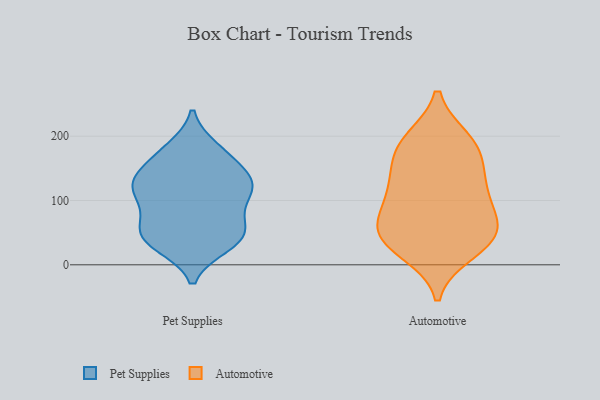
{"axis": {"x": "Market Share (%)", "y": "Value"}, "legend": ["Automotive", "Pet Supplies"], "data": [{"x": "", "y": 181, "type": "Pet Supplies"}, {"x": "", "y": 76, "type": "Pet Supplies"}, {"x": "", "y": 101, "type": "Pet Supplies"}, {"x": "", "y": 31, "type": "Pet Supplies"}, {"x": "", "y": 164, "type": "Pet Supplies"}, {"x": "", "y": 119, "type": "Pet Supplies"}, {"x": "", "y": 126, "type": "Pet Supplies"}, {"x": "", "y": 151, "type": "Pet Supplies"}, {"x": "", "y": 117, "type": "Pet Supplies"}, {"x": "", "y": 54, "type": "Pet Supplies"}, {"x": "", "y": 71, "type": "Pet Supplies"}, {"x": "", "y": 178, "type": "Pet Supplies"}, {"x": "", "y": 124, "type": "Pet Supplies"}, {"x": "", "y": 47, "type": "Pet Supplies"}, {"x": "", "y": 39, "type": "Pet Supplies"}, {"x": "", "y": 30, "type": "Pet Supplies"}, {"x": "", "y": 119, "type": "Pet Supplies"}, {"x": "", "y": 46, "type": "Pet Supplies"}, {"x": "", "y": 134, "type": "Pet Supplies"}, {"x": "", "y": 41, "type": "Automotive"}, {"x": "", "y": 194, "type": "Automotive"}, {"x": "", "y": 177, "type": "Automotive"}, {"x": "", "y": 170, "type": "Automotive"}, {"x": "", "y": 20, "type": "Automotive"}, {"x": "", "y": 42, "type": "Automotive"}, {"x": "", "y": 33, "type": "Automotive"}, {"x": "", "y": 194, "type": "Automotive"}, {"x": "", "y": 124, "type": "Automotive"}, {"x": "", "y": 68, "type": "Automotive"}, {"x": "", "y": 103, "type": "Automotive"}, {"x": "", "y": 111, "type": "Automotive"}, {"x": "", "y": 137, "type": "Automotive"}, {"x": "", "y": 67, "type": "Automotive"}, {"x": "", "y": 55, "type": "Automotive"}]}